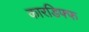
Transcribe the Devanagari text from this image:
कारडिफ्फ